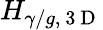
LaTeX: H_{\gamma/g,\mathrm{~3~D~}}